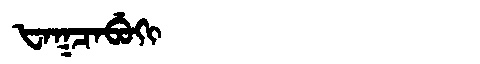
Manchu: ᡶᠠᡴᠴᠠᠪᡠᡴᡳ
Romanization: FAKCABUKI